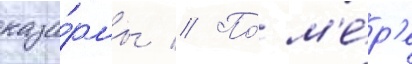
каза́рмы // По́ м'е́р'е